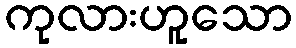
ကုလားဟူသော